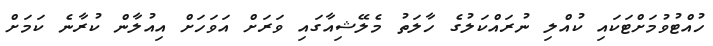
ހުއްޓުވުމަށްޓަކައި ކުއްލި ނުރައްކަލުގެ ހާލަތު މެލޭޝިއާގައި ވަރަށް އަވަހަށް އިއުލާން ކުރާނެ ކަމަށް